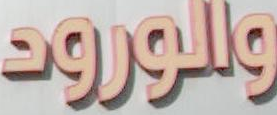
والورود